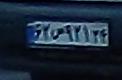
۶۲ص۹۲۱۲۴